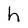
Character: h